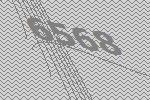
6568